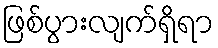
ဖြစ်ပွားလျက်ရှိရာ